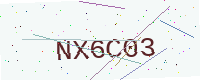
Text: NX6C03